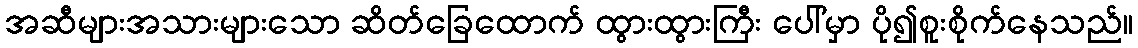
အဆီများအသားများသော ဆိတ်ခြေထောက် ထွားထွားကြီး ပေါ်မှာ ပို၍စူးစိုက်နေသည်။